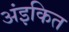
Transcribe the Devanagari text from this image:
अंइकित